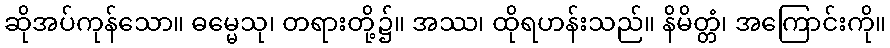
ဆိုအပ်ကုန်သော။ ဓမ္မေသု၊ တရားတို့၌။ အဿ၊ ထိုရဟန်းသည်။ နိမိတ္တံ၊ အကြောင်းကို။